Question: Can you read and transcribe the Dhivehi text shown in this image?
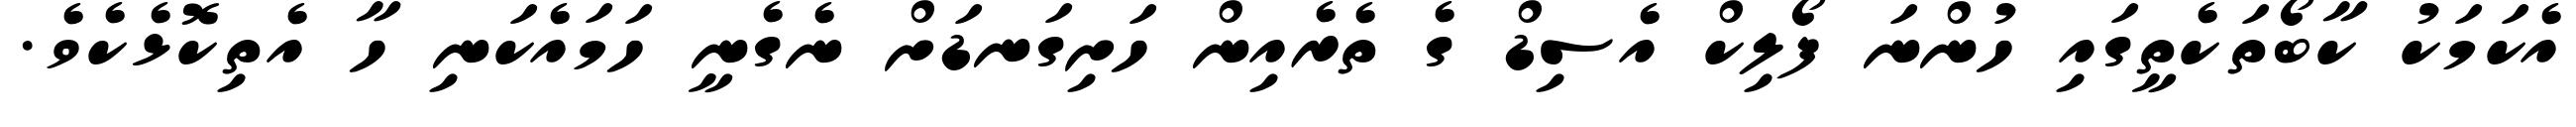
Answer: އެކަމަކު ކާބޯތަކެތީގައި ހުންނަ ފޯލިކް އެސިޑް ގެ ތެރެއިން ހަށިގަނޑަށް ނެގެނީ ހަމައެކަނި ހާ އެތިކޮޅެކެވެ.